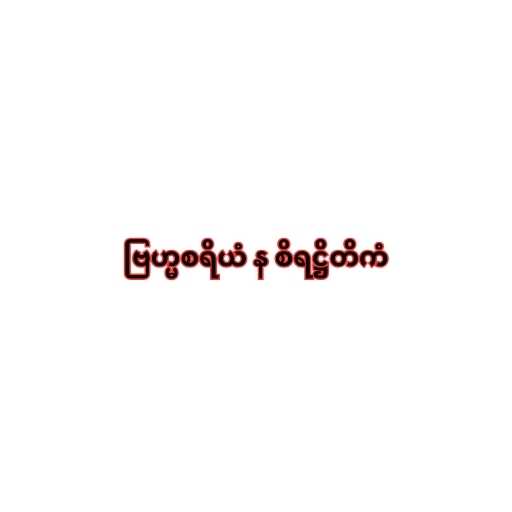
ဗြဟ္မစရိယံ န စိရဋ္ဌိတိကံ